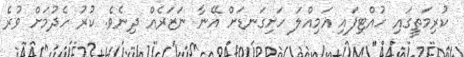
ކުރިމަތީގައި ހުއްޓިފައި އަމިއްލަ ހަށިގަނޑަށް އޭނާ ނަޒަރެއް ދިނެވެ. ކުރު ހެދުމަށް ވުރެ